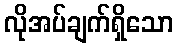
လိုအပ်ချက်ရှိသော